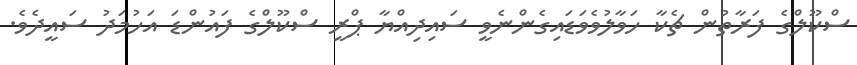
ސްކޫލްގެ ފަރާތުން ޗެކާ ހަވާލުވެވަޑައިގެންނެވީ ސައިދިއްޔާ ޕްރީ ސްކޫލްގެ ފައުންޑަ އަހުމަދު ސައީދެވެ.